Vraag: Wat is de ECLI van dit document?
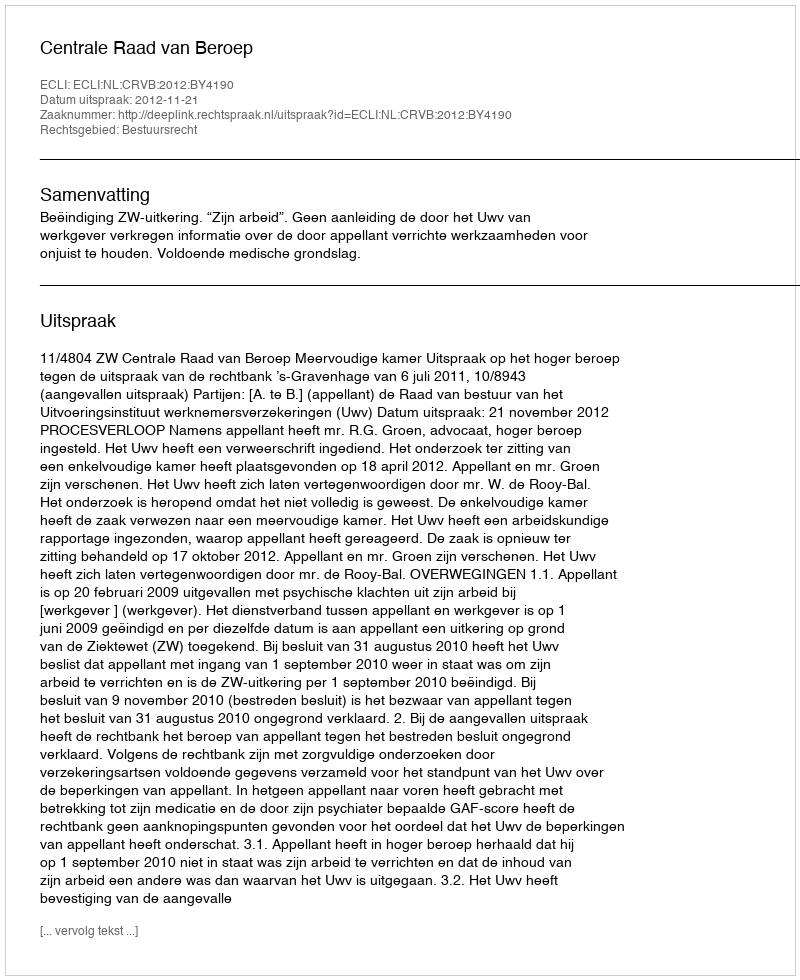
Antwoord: ECLI:NL:CRVB:2012:BY4190